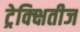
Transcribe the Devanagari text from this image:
ट्रेक्क्षितीज